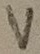
Text: V